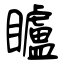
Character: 矑